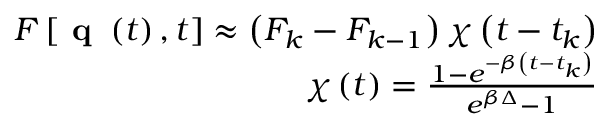
\begin{array} { r } { F \left[ \textbf { q } \left( t \right) , t \right] \approx \left( F _ { k } - F _ { k - 1 } \right) \chi \left( t - t _ { k } \right) } \\ { \chi \left( t \right) = \frac { 1 - e ^ { - \beta \left( t - t _ { k } \right) } } { e ^ { \beta \Delta } - 1 } } \end{array}